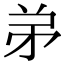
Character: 𬼺